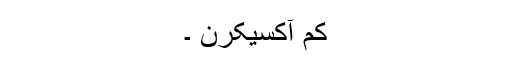
کم آکسیکرن ۔